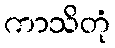
ကာသိတုံ